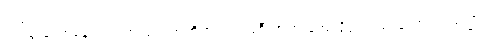
ရှည်စွာသောနေ့ညဉ့်ပတ်လုံး။ အဟိတာယ၊ အစီးအပွားမဲ့အလိုငှာလည်းကောင်း။ ဒုက္ခာယ၊